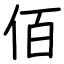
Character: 佰